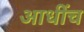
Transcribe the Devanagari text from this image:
आधींच